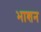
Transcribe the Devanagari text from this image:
भाशन